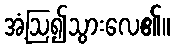
အံ့ဩ၍သွားလေ၏။